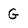
Character: G